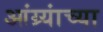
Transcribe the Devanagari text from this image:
आंग्र्यांच्या